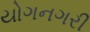
યોગનગરી